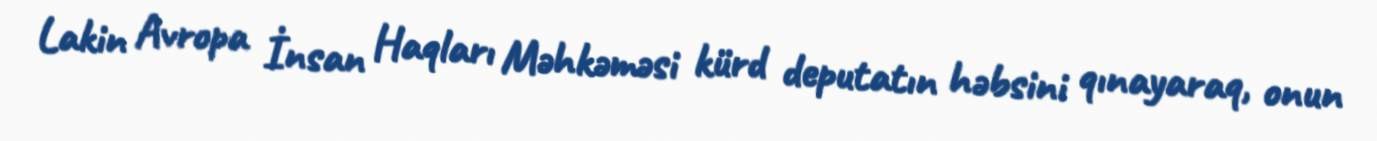
Lakin Avropa İnsan Haqları Məhkəməsi kürd deputatın həbsini qınayaraq, onun